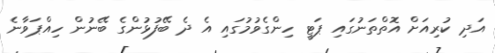
އަދި ކުރިއަށް އޮތްތަނުގައި ޕަޓީ ހިންގެވުމުގައި އެ ދެ ބޭފުޅުންގެ ބޭނުން ހިއްޕަވާނެ